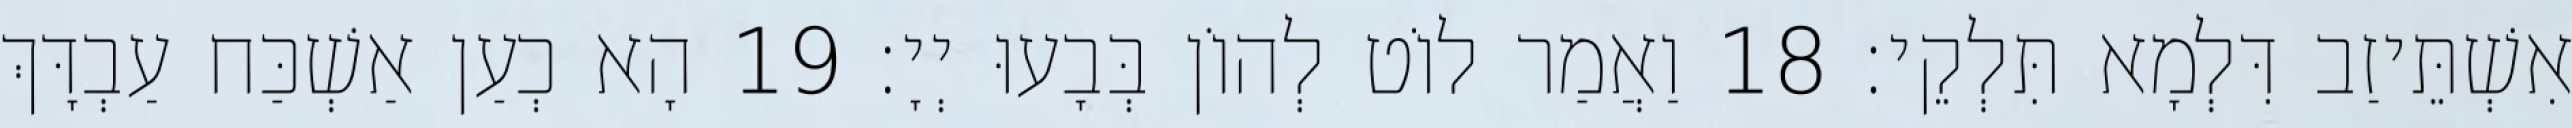
אִשְׁתֵּיזַב דִּלְמָא תִּלְקֵי׃ 18 וַאֲמַר לוֹט לְהוֹן בְּבָעוּ יְיָ׃ 19 הָא כְעַן אַשְׁכַּח עַבְדָּךְ